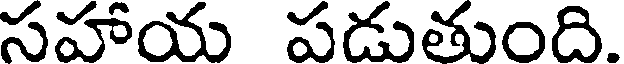
సహాయ పడుతుంది.